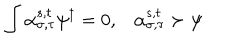
LaTeX: \int \alpha _ { \sigma , \tau } ^ { s , t } \psi ^ { \dagger } = 0 , \alpha _ { \sigma , \tau } ^ { s , t } \succ \psi